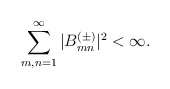
\begin{align*}\sum_{m,n=1}^\infty|B^{(\pm)}_{mn}|^2 < \infty.\end{align*}